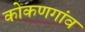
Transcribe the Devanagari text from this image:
कोकणगांव